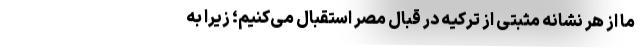
ما از هر نشانه مثبتی از ترکیه در قبال مصر استقبال می‌کنیم؛ زیرا به